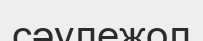
сәулежол